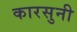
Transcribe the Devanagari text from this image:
कारसुनी